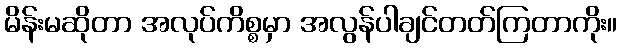
မိန်းမဆိုတာ အလုပ်ကိစ္စမှာ အလွန်ပါချင်တတ်ကြတာကိုး။